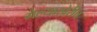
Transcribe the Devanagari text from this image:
गेल्याखेरीच